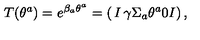
T ( \theta ^ { a } ) = e ^ { \beta _ { a } \theta ^ { a } } = \left( \begin{matrix} { I } & { \gamma \Sigma _ { a } \theta ^ { a } } \\ { 0 } & { I } \\ \end{matrix} \right) ,